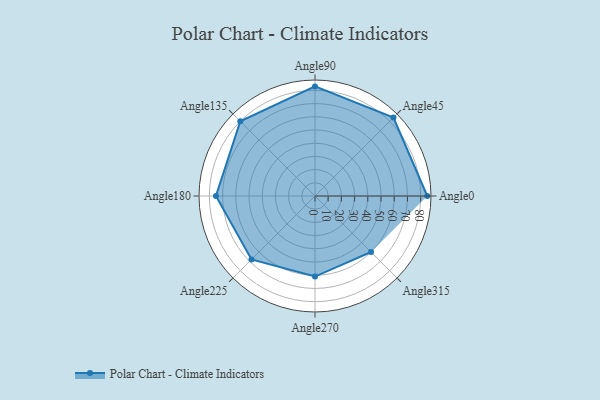
{"axis": {"x": "Angle", "y": "Radius"}, "legend": [""], "data": [{"x": "Angle0", "y": 85.0, "type": ""}, {"x": "Angle45", "y": 84.0, "type": ""}, {"x": "Angle90", "y": 83.0, "type": ""}, {"x": "Angle135", "y": 80.0, "type": ""}, {"x": "Angle180", "y": 75.0, "type": ""}, {"x": "Angle225", "y": 68.0, "type": ""}, {"x": "Angle270", "y": 61.0, "type": ""}, {"x": "Angle315", "y": 60.0, "type": ""}]}